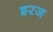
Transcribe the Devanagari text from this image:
इरज